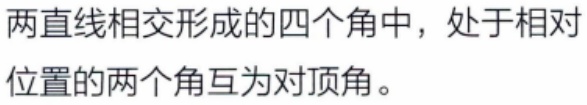
两直线相交形成的四个角中，处于相对位置的两个角互为对顶角。